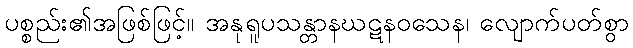
ပစ္စည်း၏အဖြစ်ဖြင့်။ အနုရူပသန္တာနဃဋနဝသေန၊ လျောက်ပတ်စွာ